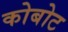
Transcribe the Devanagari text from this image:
कोबोट